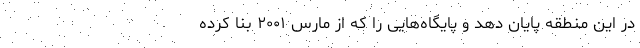
در این منطقه پایان دهد و پایگاه‌هایی را که از مارس ۲۰۰۱ بنا کرده